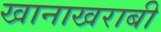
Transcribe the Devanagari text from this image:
खानाखराबी